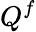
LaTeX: Q^{f}